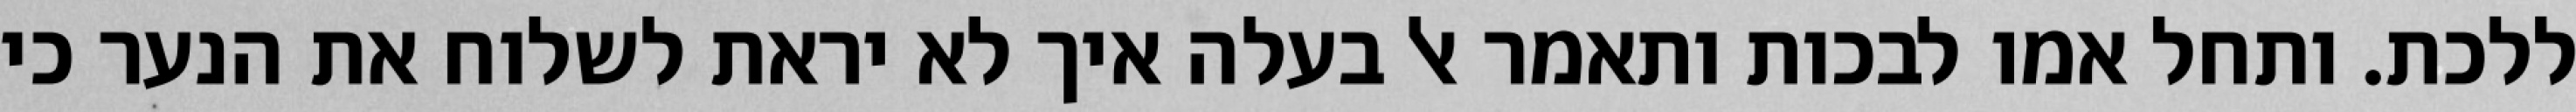
ללכת. ותחל אמו לבכות ותאמר אל בעלה איך לא יראת לשלוח את הנער כי